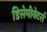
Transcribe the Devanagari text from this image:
डिसेमीनेटर्स